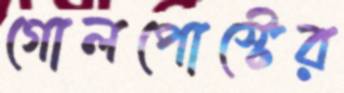
গোলপোস্টের